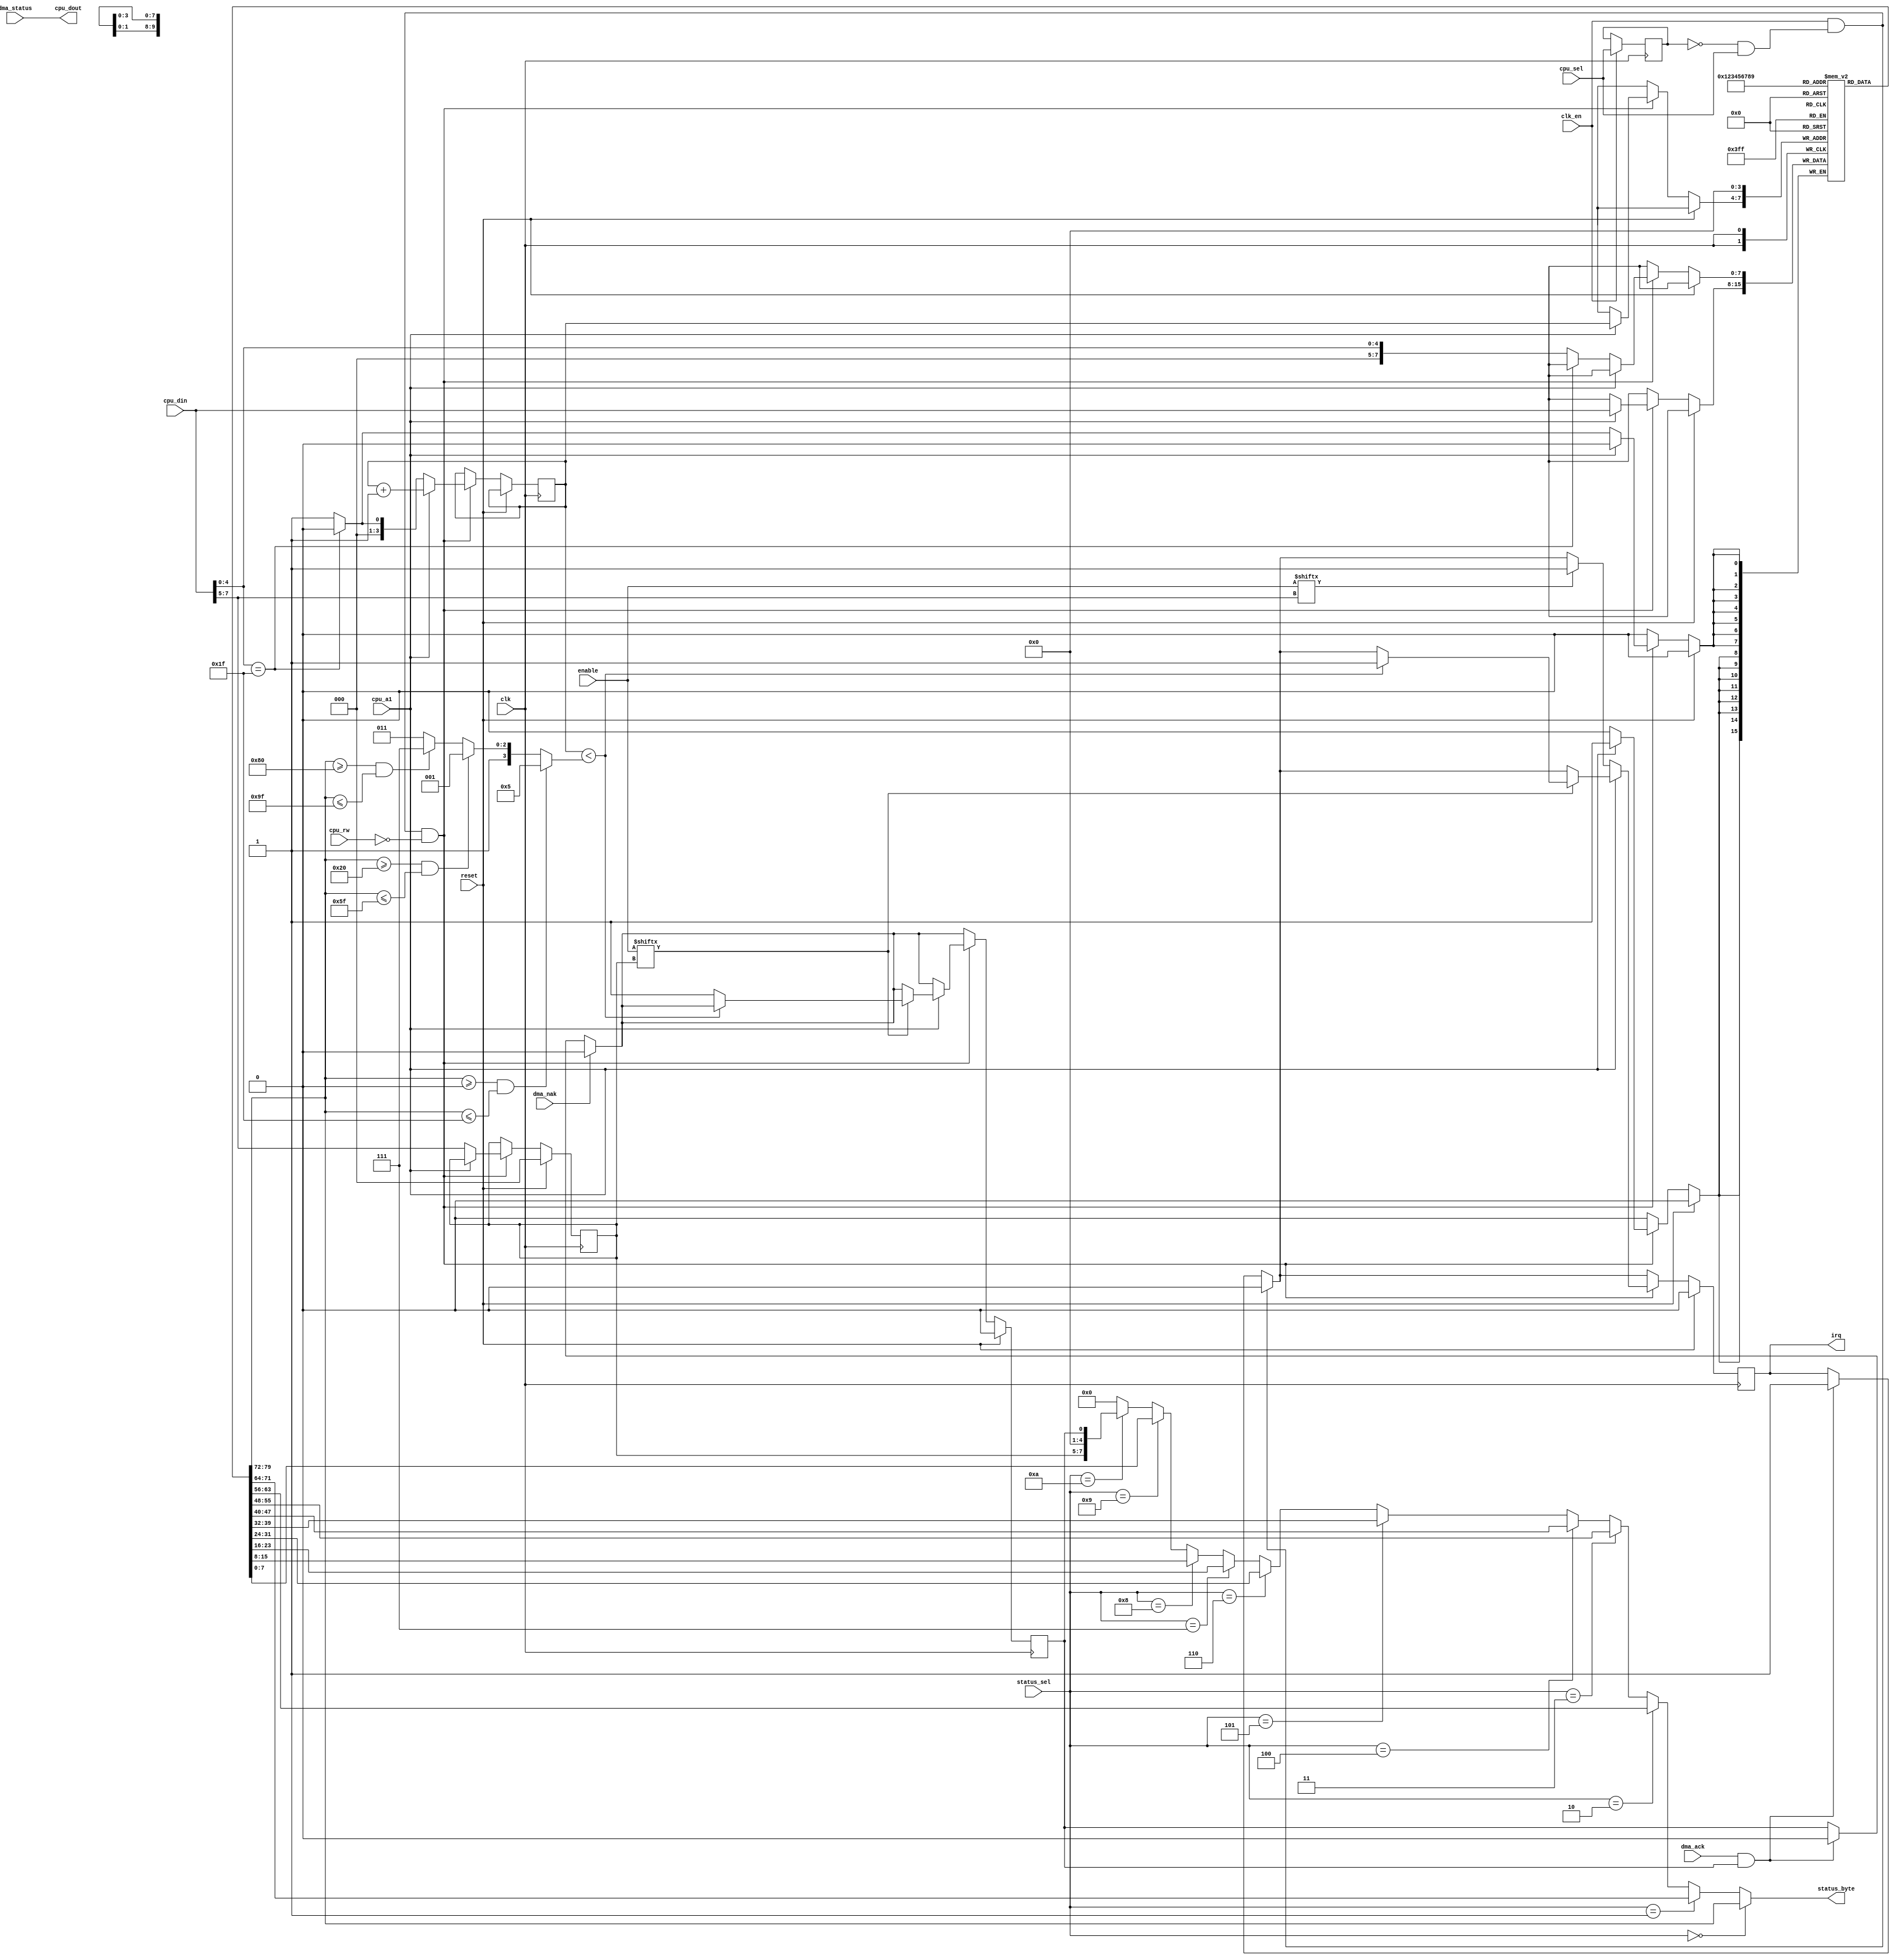
module acsi (
	    // clocks and system interface
	input 	     clk,
	input        clk_en,
	input 	     reset,

	input [7:0]  enable,
	    
	input 	     dma_ack, // IO controller answers request
	input 	     dma_nak, // IO controller rejects request
	input [7:0]  dma_status,

	
	input [3:0]  status_sel,  // 10 command bytes + 1 status byte
	output [7:0] status_byte,

   // cpu interface
	input        cpu_a1,
	input        cpu_sel,
	input        cpu_rw,
	input  [7:0] cpu_din,
	output [7:0] cpu_dout,

	output reg   irq
);

reg cpu_selD;
always @(posedge clk) if (clk_en) cpu_selD <= cpu_sel;
wire cpu_req = ~cpu_selD & cpu_sel;

// acsi always returns dma status on cpu_read
assign cpu_dout = dma_status;

// Total number of command bytes:
// cmd 0..1f  -> 6 
// cmd 20..5f -> 10
// cmd 80..9f -> 16
// cmd a0..bf -> 12

wire [7:0] cmd_code = cmd_parameter[0];
wire [3:0] parms =
	((cmd_code >= 8'h00)&&(cmd_code <= 8'h1f))?4'd5:
	((cmd_code >= 8'h20)&&(cmd_code <= 8'h5f))?4'd9:
	((cmd_code >= 8'h80)&&(cmd_code <= 8'h9f))?4'd15:
	4'd11;
   
reg [2:0] target;
reg [3:0] byte_counter;
reg [7:0] cmd_parameter [15:0];
reg busy;

// acsi status as reported to the io controller
assign status_byte =
    (status_sel == 0)?cmd_parameter[0]:
    (status_sel == 1)?cmd_parameter[1]:
    (status_sel == 2)?cmd_parameter[2]:
    (status_sel == 3)?cmd_parameter[3]:
    (status_sel == 4)?cmd_parameter[4]:
    (status_sel == 5)?cmd_parameter[5]:
    (status_sel == 6)?cmd_parameter[6]:
    (status_sel == 7)?cmd_parameter[7]:
    (status_sel == 8)?cmd_parameter[8]:
    (status_sel == 9)?cmd_parameter[9]:
    (status_sel == 10)?{ target, 4'b0000000, busy }:
    8'h00;

// CPU write interface
always @(posedge clk) begin
   if(reset) begin
      target <= 3'd0;
      irq <= 1'b0;
      busy <= 1'b0;
   end else begin
      
      // DMA transfer has been ack'd by io controller
      if(dma_ack && busy) begin
			irq <= 1'b1;   // set acsi irq			
			busy <= 1'd0;
      end

      // DMA transfer has been rejected by io controller (no such device)
      if(dma_nak)
			busy <= 1'd0;

		// cpu is accessing acsi bus -> clear acsi irq
		// status itself is returned by the io controller with the dma_ack.
		if(clk_en && cpu_req)
			irq <= 1'b0;

		// acsi register access
		if(clk_en && cpu_req && !cpu_rw) begin
			if(!cpu_a1) begin
				// a0 == 0 -> first command byte
				target <= cpu_din[7:5];

				// icd command?
				if(cpu_din[4:0] == 5'h1f)
					byte_counter <= 3'd0;   // next byte will contain first command byte
				else begin
					cmd_parameter[0] <= { 3'd0, cpu_din[4:0] };
					byte_counter <= 3'd1;   // next byte will contain second command byte
	    		end
				
				// check if this acsi device is enabled
				if(enable[cpu_din[7:5]] == 1'b1)
					irq <= 1'b1;
			end else begin
			
//				if(byte_counter < 15) begin

					// further bytes
					cmd_parameter[byte_counter] <= cpu_din;
					byte_counter <= byte_counter + 3'd1;
	    
					// check if this acsi device is enabled
					if(enable[target] == 1'b1) begin
						// auto-ack first 5 bytes, 6 bytes in case of icd command
						if(byte_counter < parms)
							irq <= 1'b1;
						else
							busy <= 1'b1;  // request io cntroller
					end
				end
//			end
      end
   end
end
 
endmodule